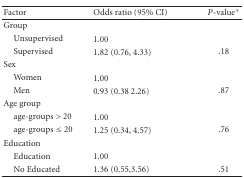
| Factor | Odds ratio (95% CI) | P-value* |
 | --- | --- | --- |
 | Group |  |  |
 | Unsupervised | 1.00 |  |
 | Supervised | 1.82 (0.76, 4.33) | .18 |
 | Sex |  |  |
 | Women | 1.00 |  |
 | Men | 0.93 (0.38 2.26) | .87 |
 | Age group |  |  |
 | age-groups >20 | 1.00 |  |
 | age-groups ≤20 | 1.25 (0.34, 4.57) | .76 |
 | Education |  |  |
 | Education | 1.00 |  |
 | No Educated | 1.36 (0.55,3.56) | .51 |